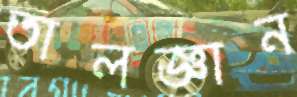
তালজ্ঞান